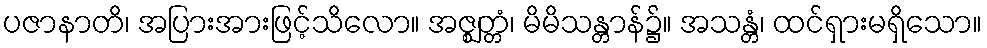
ပဇာနာတိ၊ အပြားအားဖြင့်သိလော။ အဇ္ဈတ္တံ၊ မိမိသန္တာန်၌။ အသန္တံ၊ ထင်ရှားမရှိသော။